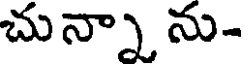
చున్నా ను-